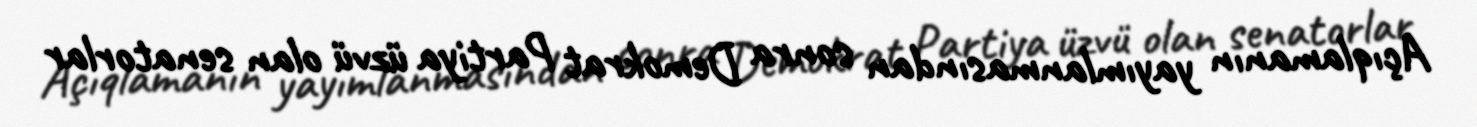
Açıqlamanın yayımlanmasından sonra Demokrat Partiya üzvü olan senatorlar